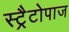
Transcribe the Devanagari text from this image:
स्ट्रैटोपाज